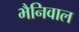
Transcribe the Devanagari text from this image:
भैनिवाल